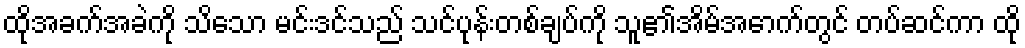
ထိုအခက်အခဲကို သိသော မင်းဒင်သည် သင်ပုန်းတစ်ချပ်ကို သူ၏အိမ်အောက်တွင် တပ်ဆင်ကာ ထို